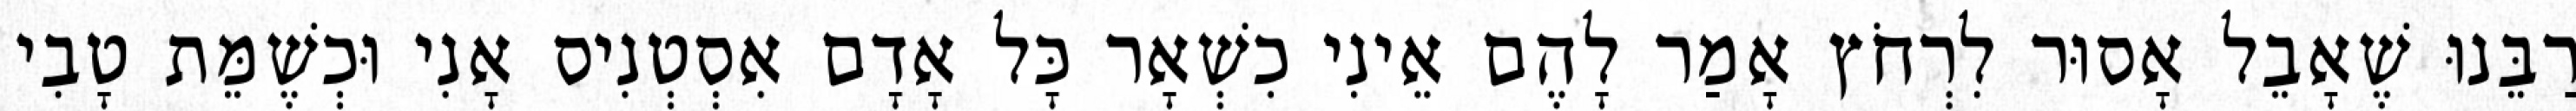
רַבֵּנוּ שֶׁאָבֵל אָסוּר לִרְחֹץ אָמַר לָהֶם אֵינִי כִשְׁאָר כָּל אָדָם אִסְטְנִיס אָנִי וּכְשֶׁמֵּת טָבִי